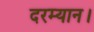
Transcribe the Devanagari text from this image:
दरम्यान।